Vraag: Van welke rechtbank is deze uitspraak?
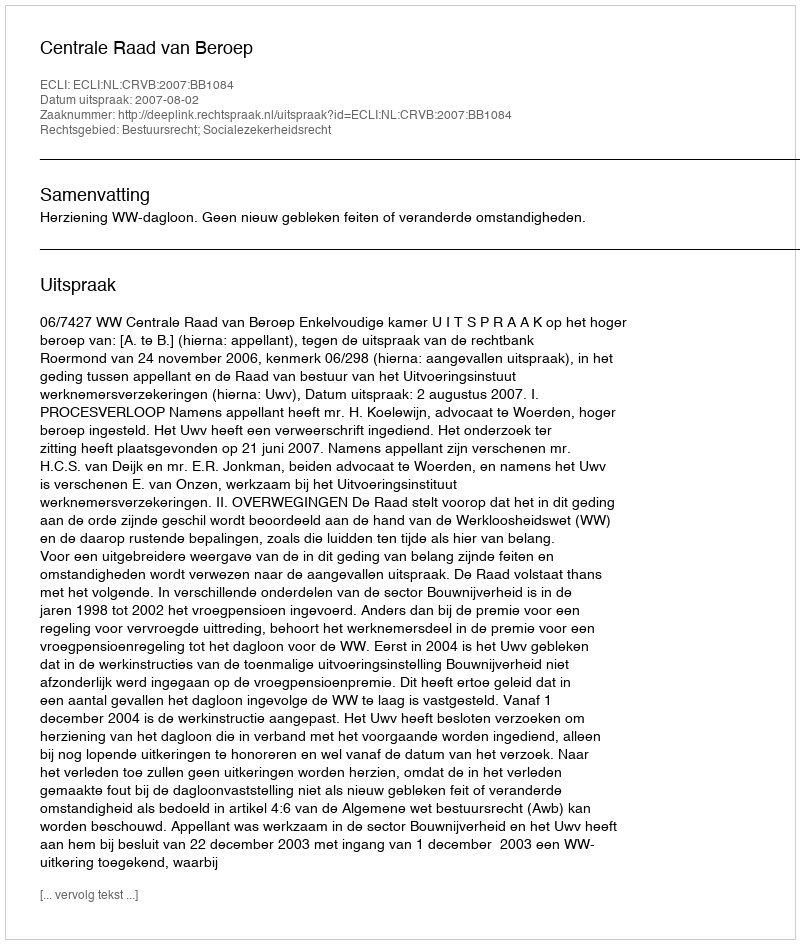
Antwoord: Centrale Raad van Beroep